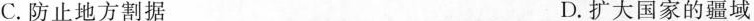
C.防止地方割据 D.扩大国家的疆域